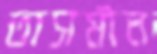
তাসমীন